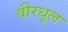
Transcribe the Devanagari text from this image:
वीरधूल